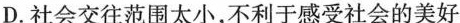
D.社会交往范围太小，不利于感受社会的美好